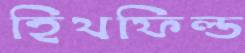
হিথফিল্ড